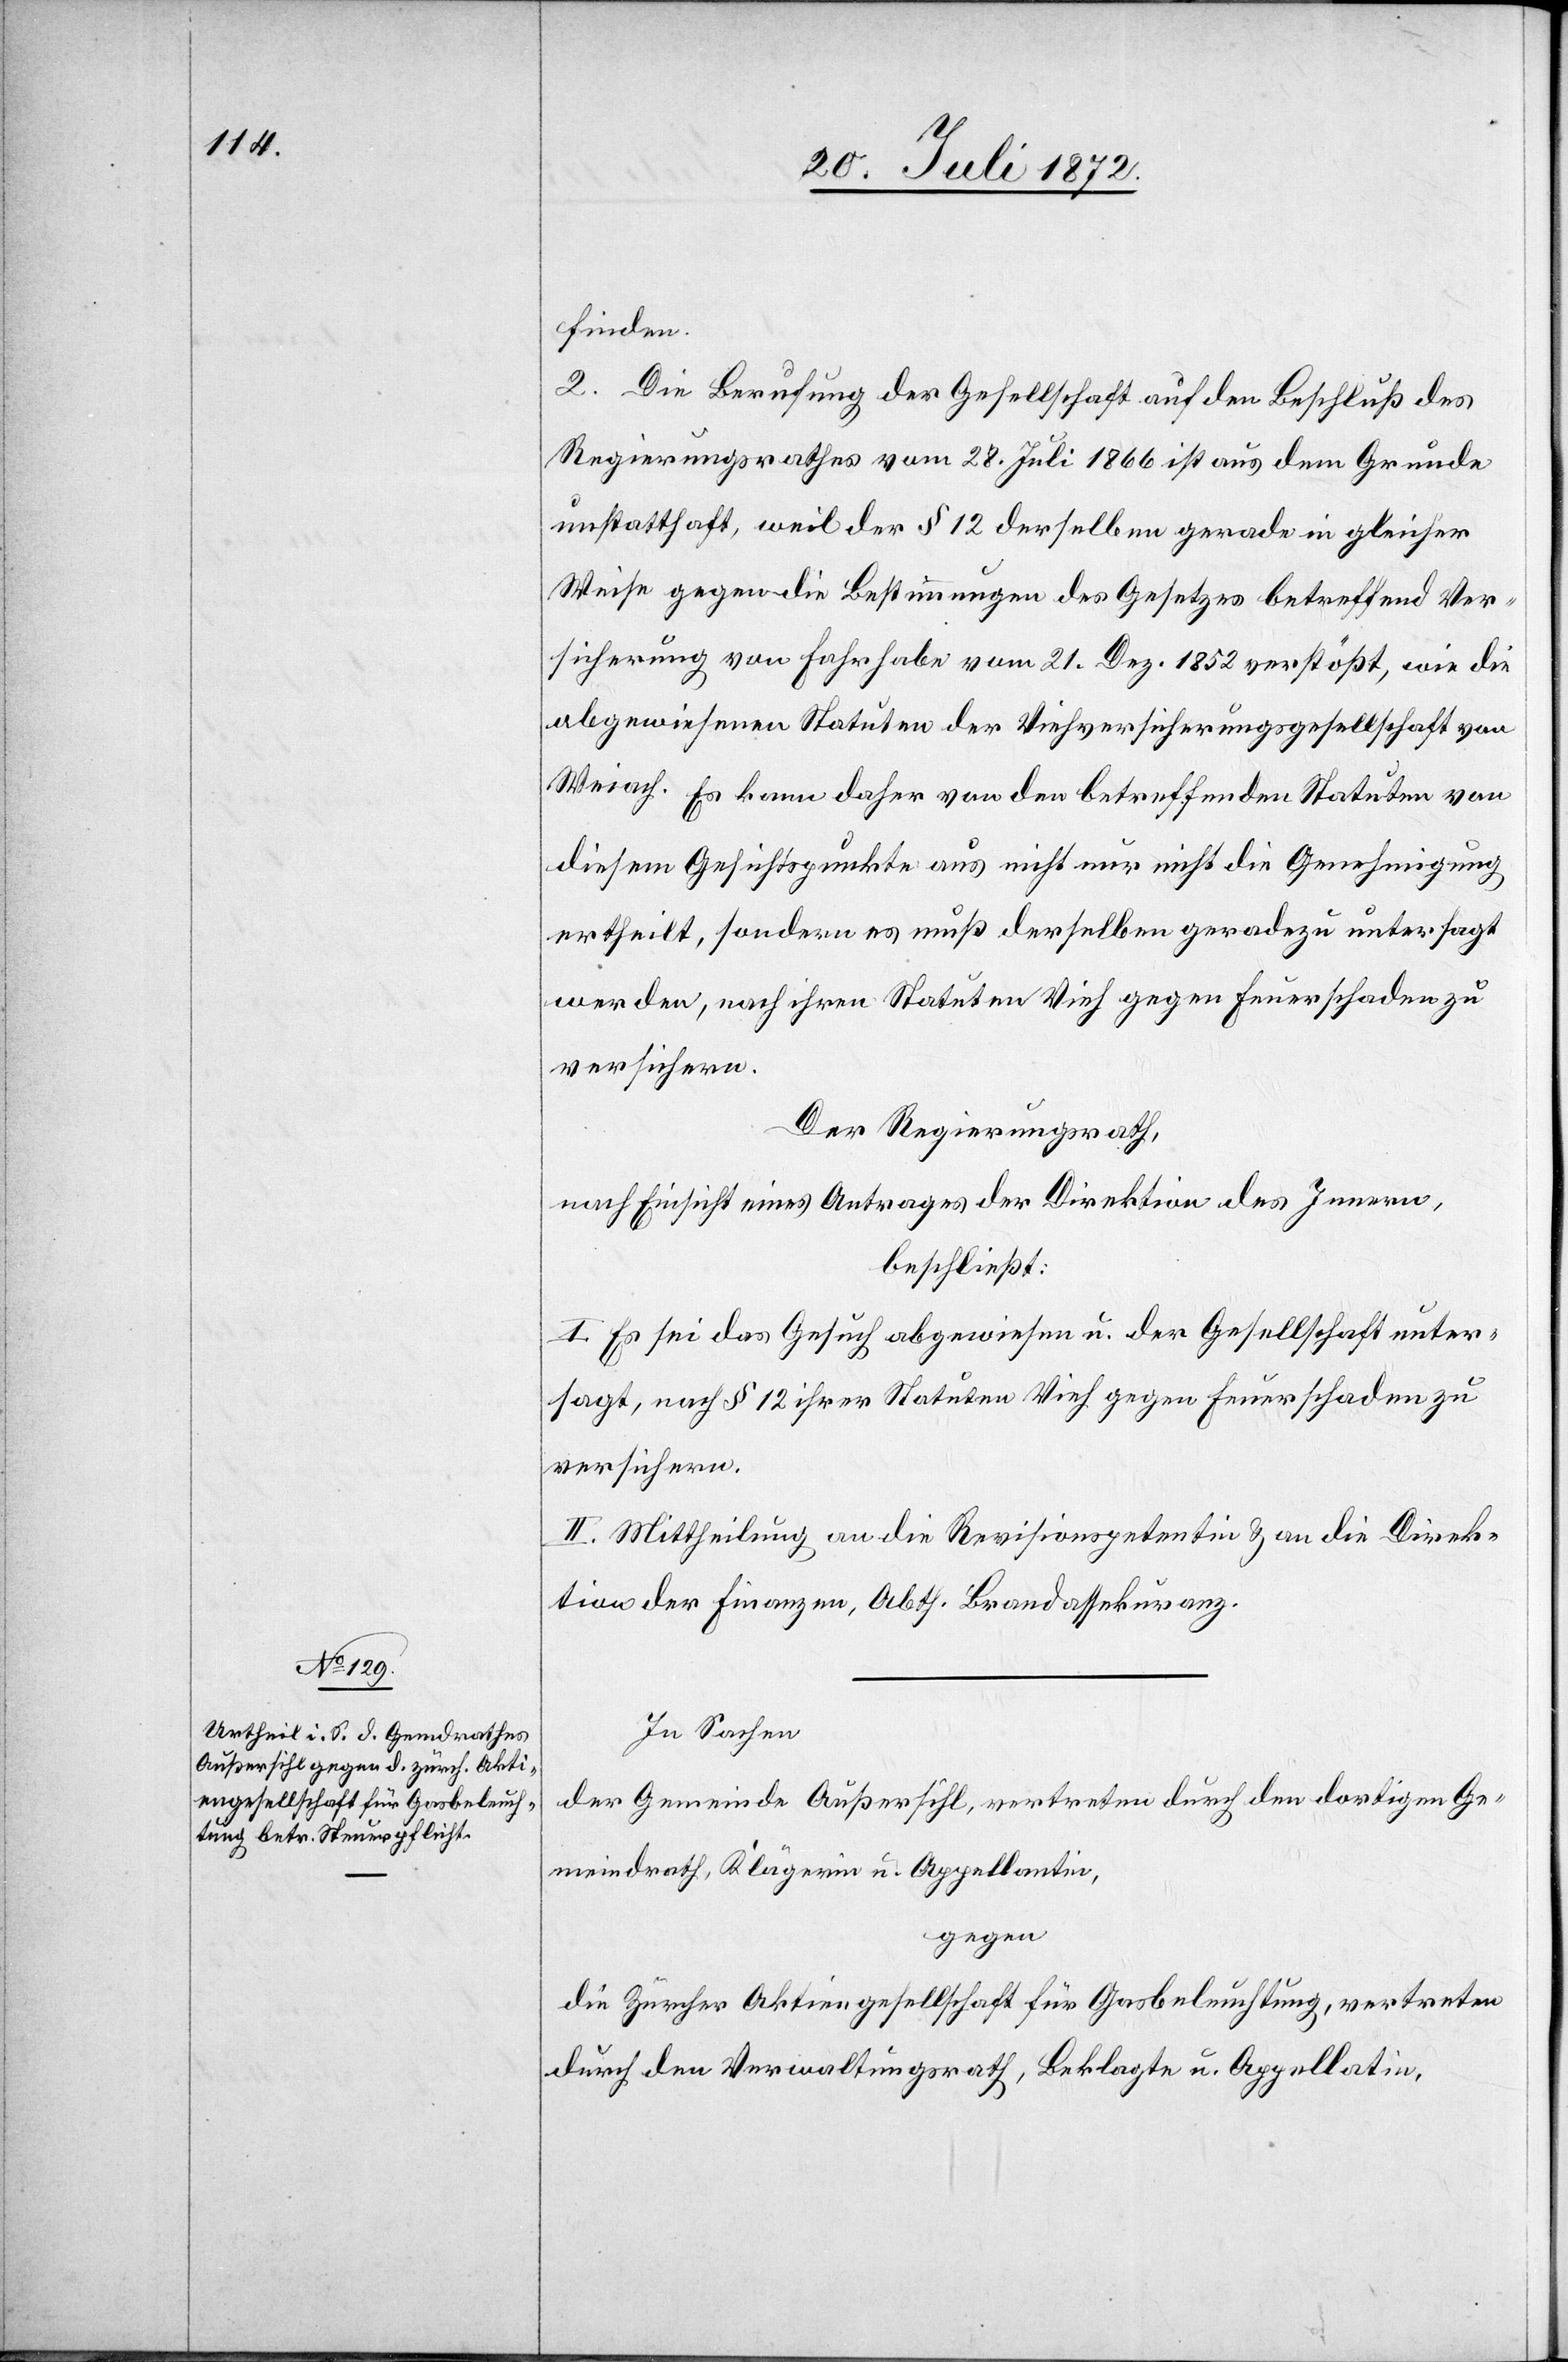
finden.
2. Die Berufung der Gesellschaft auf den Beschluß des
Regierungsrathes vom 28. Juli 1866 ist aus dem Grunde
unstatthaft, weil der § 12 derselben gerade in gleicher
Weise gegen die Bestimmungen des Gesetzes betreffend Ver¬
sicherung von Fahrhabe vom 21. Dez. 1852 verstößt, wie die
abgewiesenen Statuten der Viehversicherungsgesellschaft von
Weiach. Es kann daher von den betreffenden Statuten von
diesem Gesichtspunkte aus nicht nur nicht die Genehmigung
ertheilt, sondern es muß derselben geradezu untersagt
werden, nach ihren Statuten Vieh gegen Feuerschaden zu
versichern.
Der Regierungsrath,
nach Einsicht eines Antrages der Direktion des Innern,
beschließt:
I. Es sei das Gesuch abgewiesen u. der Gesellschaft unter¬
sagt, nach § 12 ihrer Statuten Vieh gegen Feuerschaden zu
versichern.
II. Mittheilung an die Revisionspetentin u. an die Direk¬
tion der Finanzen, Abth. Brandassekuranz.
In Sachen
der Gemeinde Außersihl, vertreten durch den dortigen Ge¬
meindrath, Klägerin u. Appellantin,
gegen
die Zürcher Aktiengesellschaft für Gasbeleuchtung, vertreten
durch den Verwaltungsrath, Beklagte u. Appellatin,